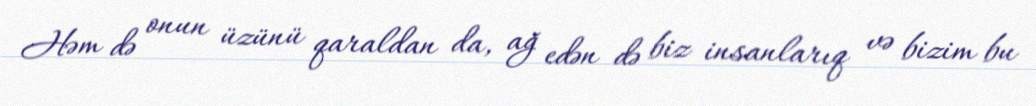
Həm də onun üzünü qaraldan da, ağ edən də biz insanlarıq və bizim bu